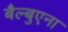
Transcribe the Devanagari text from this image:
बैल्बुएना